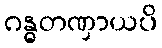
ဂန္ဓတဏှာယပိ